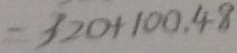
= 3 2 0 + 1 0 0 . 4 8